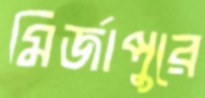
মির্জাপুরে